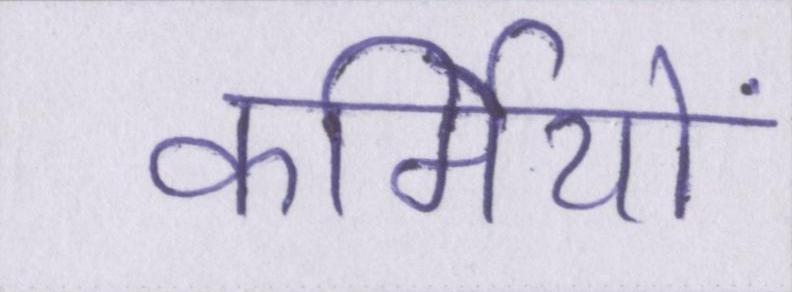
कर्मियों